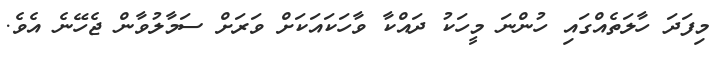
މިފަދަ ހާލަތެއްގައި ހުންނަ މީހަކު ދައްކާ ވާހަކައަކަށް ވަރަށް ސަމާލުވާން ޖެހޭނެ އެވެ.